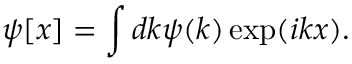
\psi [ x ] = \int d k \psi ( k ) \exp ( i k x ) .